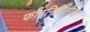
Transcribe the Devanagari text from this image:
फाँटनिर्मितीस